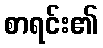
စာရင်း၏